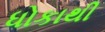
ધોકાથી